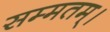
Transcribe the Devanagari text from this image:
सम्मतम्।